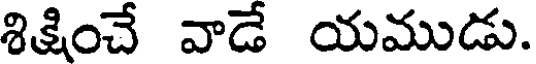
శిక్షించే వాడే యముడు.